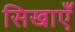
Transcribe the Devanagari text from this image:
सिखाएँ